Report on vaccination in Madras 1922-1929 - 1922-1929
Year: 1922
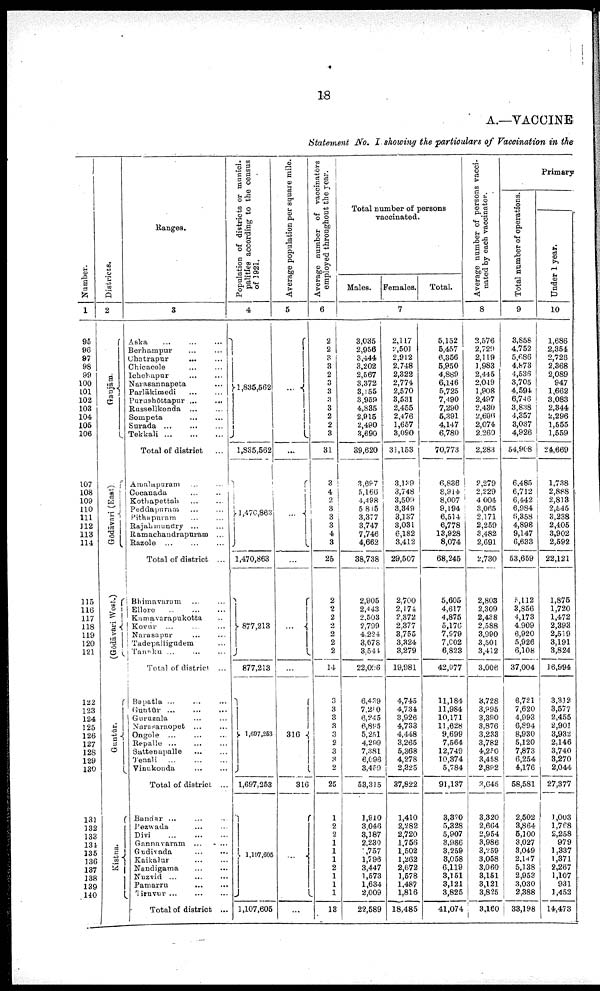
18
A.—VACCINE
Statement No. I showing the particulars of Vaccination in the
Number.
1
95
96
97
98
99
100
101
102
103
104
105
106
107
108
109
110
111
112
113
114
115
116
117
118
119
120
121
122
123
124
125
126
127
128
129
130
131
132
133
134
135
136
137
138
139
140
Districts.
2
Ganjām.
Gōdāvari (East)
(Gōdāvari West.)
Guntūr.
Kistna.
Ranges.
3
Aska ... ... ...
Berhampur ... ...
Chatrapur ... ...
Chicacole ... ...
Ichchapur ... ...
Narasannapeta ...
Parlākimedi
...
...
Purushōttapur ... ...
Russellkonda ... ...
Sompeta ... ... ...
Surada ... ... ...
Tekkali
...
...
...
Total of district ...
Amalapuram ... ...
Cocanada ... ...
Kothapettah
...
...
Peddapuram ... ...
Pithapuram.... ...
Rajahmudry ... ...
Ramachandrapuram ...
Razole ... ... ...
Total of district ...
Bhimavaram ... ...
Ellore
...
...
...
Kamavarapukotta ...
Kovur ... ... ...
Narasapur ... ... ...
Tadepalligudem ...
Tanuku ... ... ...
Total of district ...
Bapatla ... ... ...
Guntūr ... ... ...
Guruzala ... ... ...
Narasaraopet ... ...
Ongole ... ... ...
Repalle ... ... ...
Sattenapalle ... ...
Tenali ... ... ...
Vinukonda
...
...
Total of district ...
Bandar ... ... ...
Pezwada ... ... ...
Divi
...
...
...
Gannavaram ... ...
Gudivada
...
...
Kaikalur ... ...
Nandigama
...
...
Nuzvid ... ... ...
Pamarru
...
...
Tiruvur
...
...
...
Total of district ...
Population of districts or munici
palities according to the census
of 1921.
4
1,835,562
1,835,562
1,470,863
1,470,863
877,213
877,213
1,697,253
1,697,253
1,107,605
1,107,605
Average population per square mile.
5
...
...
...
...
...
...
316
316
...
...
Average number of vaccinators
employed throughout the year.
6
2
2
3
3
2
3
3
3
3
2
2
3
31
3
4
2
3
3
3
4
3
25
2
2
2
2
2
2
2
14
3
3
3
3
3
2
3
3 2
25
1
2
2
1
1
1
2
1
1
1
13
Total number of persons
vaccinated.
Males. Females
Total.
7
3,035
2,956
3,444
3,202
2,567
3,372
3,155
3,959
4,835
2,915
2,490
3,690
39,620
3,697
5,166
4,498
5,815
3,377
3,747
7,746
4,662
38,738
2,905
2,443
2,503
2,799
4,224
3,678
3,544
22,096
6,439
7,200
6,245
6,805
5,251
4,299
7,381
6,096
3,459
53,315
1,910
3,046
3,187
2,230
757
1,796
3,447
1,573
1,634
2,009
22,589
2,117
2,501
2,912
2,748
2,322
2,774
2,570
3,531
2,455
2,476
1,657
3,090
31,153
3,139
3,748
3,509
3,349
3,137
3,031
6,182
3,412
29,507
2,700
2,174
2,372
2,377
3,755
3,324
3,279
19,981
4,745
4,734
3,926
4,733
4,448
3,265
5,368
4,278
2,325
37,822
1,410
2,282
2,720
1,756
1,502
1,262
2,672
1,578
1,487
1,816
18,485
5,152
5,457
6,356
5,950
4,889
6,146
5,725
7,490
7,290
5,391
4,147
6,780
70,773
6,836
8,914
8,007
9,194
6,514
6,778
13,928
8,074
68,245
5,605
4,617
4,875
5,176
7,979
7,002
6,823
42,077
11,184
11,984
10,171
11,628
9,699
7,564
12,749
10,374
5,784
91,137
3,320
5,328
5,907
8,986
3,259
3,058
6,119
3,151
3,121
3,825
41,074
Average number of persons vacci
nated by each vaccinator.
8
2,576
2,729
2,119
1,983
2,445
2,049
1,908
2,497
2,430
2,696
2,074
2,260
2,283
2,279
2,229
4,004
3,065
2,171
2,259
3,482
2,691
2,730
2,803
2,309
2,438
2,588
3,990
3,501
3,412
3,006
3,728
3,995
3,390
3,876
3,233
3,782
4,250
3,458
2,802
3,645
3,320
2,664
2,954
3,986
3,259
3,058
3,060
3,151
3,121
3,825
3,160
Primary
Total number of operations.
9
3,858
4,752
5,686
4,873
4,536
3,705
4,594
6,746
3,838
4,357
3,037
4,926
54,908
6,485
6,712
6,442
6,984
6,358
4,898
9,147
6,633
53,659
5,112
3,856
4,173
4,909
6,920
5,926
6,108
37,004
6,721
7,620
4,993
6,894
8,930
5,120
7,873
6,254
4,176
58,581
2,502
3,864
5,100
3,027
3,049
2,147
5,138
2,953
3,030
2,388
33,198
Under 1 year.
10
1,686
2,354
2,726
2,368
2,089
947
1,662
3,083
2,344
2,296
1,555
1,559
24,669
1,738
2,888
2,813
2,545
3,238
2,405
3,902
2,592
22,121
1,875
1,720
1,472
2,393
2,519
3,191
3,824
16,994
3,312
3,577
2,455
2,901
3,932
2,146
3,740
3,270
2,044
27,377
1,003
1,768
2,258
979
1,337
1,371
2,267
1,107
931
1,452
14,473